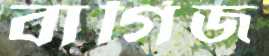
বার্গিজ